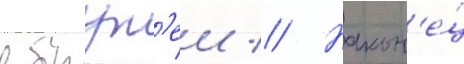
в брун'еи // Након'е́ц